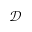
\mathcal { D }